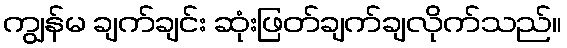
ကျွန်မ ချက်ချင်း ဆုံးဖြတ်ချက်ချလိုက်သည်။